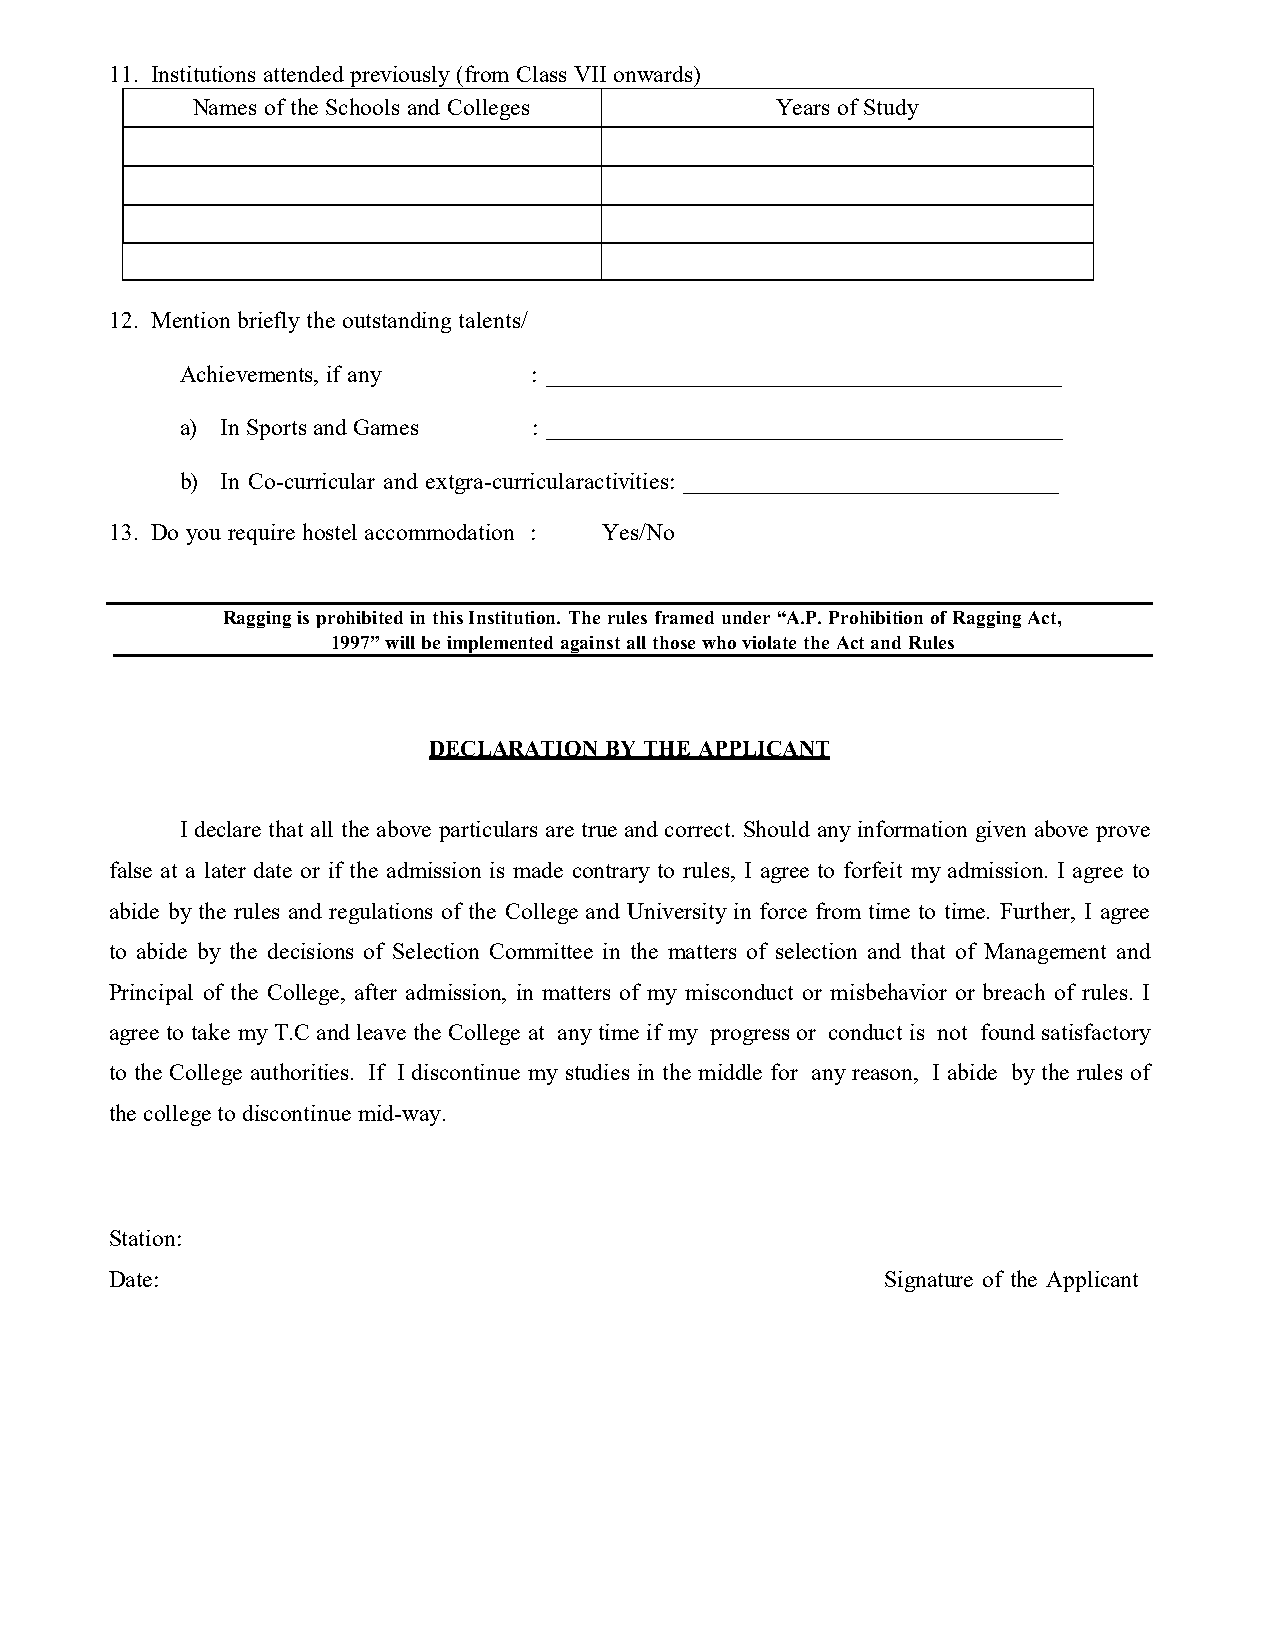
11. Institutions attended previously (from Class VII onwards)
 Names of the Schools and Colleges     Years of Study
 12. Mention briefly the outstanding talents/
 Achievements, if any   : ____________________________________________
 a) In Sports and Games : ____________________________________________
 b) In Co-curricular and extgra-curricularactivities: ________________________________
 13. Do you require hostel accommodation : Yes/No
 Ragging is prohibited in this Institution. The rules framed under “A.P. Prohibition of Ragging Act,
 1997” will be implemented against all those who violate the Act and Rules
 DECLARATION BY THE APPLICANT
 I declare that all the above particulars are true and correct. Should any information given above prove
 false at a later date or if the admission is made contrary to rules, I agree to forfeit my admission. I agree to
 abide by the rules and regulations of the College and University in force from time to time. Further, I agree
 to abide by the decisions of Selection Committee in the matters of selection and that of Management and
 Principal of the College, after admission, in matters of my misconduct or misbehavior or breach of rules. I
 agree to take my T.C and leave the College at any time if my progress or conduct is not found satisfactory
 to the College authorities. If I discontinue my studies in the middle for any reason, I abide by the rules of
 the college to discontinue mid-way.
 Station:
 Date:                                               Signature of the Applicant